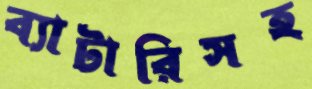
ব্যাটারিসহ